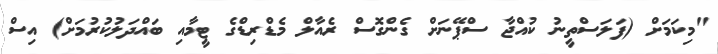
"މިކަމަށް (ފަލަސްތީނު ކުއްޖާ ސްޕޭނަށް ގެންގޮސް ރެއާލް މެޑްރިޑްގެ ޓީމާއި ބައްދަލުކުރުމަށް) އިސް